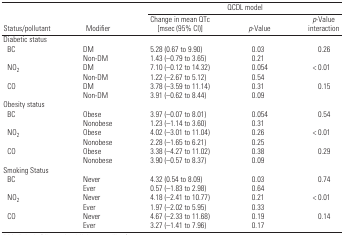
<table><thead><tr><td></td><td></td><td colspan="3"><b>QCDL model</b></td></tr><tr><td><b>Status/pollutant</b></td><td><b>Modifier</b></td><td><b>Change in mean QTc [msec (95% CI)]</b></td><td><b><i>p</i>-Value</b></td><td><b><i>p</i>-Value interaction</b></td></tr></thead><tbody><tr><td colspan="5">Diabetic status</td></tr><tr><td> BC</td><td>DM</td><td>5.28 (0.67 to 9.90)</td><td>0.03</td><td>0.26</td></tr><tr><td></td><td>Non-DM</td><td>1.43 (−0.79 to 3.65)</td><td>0.21</td><td></td></tr><tr><td> NO<sub>2</sub></td><td>DM</td><td>7.10 (−0.12 to 14.32)</td><td>0.054</td><td>&lt; 0.01</td></tr><tr><td></td><td>Non-DM</td><td>1.22 (−2.67 to 5.12)</td><td>0.54</td><td></td></tr><tr><td> CO</td><td>DM</td><td>3.78 (−3.59 to 11.14)</td><td>0.31</td><td>0.15</td></tr><tr><td></td><td>Non-DM</td><td>3.91 (−0.62 to 8.44)</td><td>0.09</td><td></td></tr><tr><td colspan="5">Obesity status</td></tr><tr><td> BC</td><td>Obese</td><td>3.97 (−0.07 to 8.01)</td><td>0.054</td><td>0.54</td></tr><tr><td></td><td>Nonobese</td><td>1.23 (−1.14 to 3.60)</td><td>0.31</td><td></td></tr><tr><td> NO<sub>2</sub></td><td>Obese</td><td>4.02 (−3.01 to 11.04)</td><td>0.26</td><td>&lt; 0.01</td></tr><tr><td></td><td>Nonobese</td><td>2.28 (−1.65 to 6.21)</td><td>0.25</td><td></td></tr><tr><td> CO</td><td>Obese</td><td>3.38 (−4.27 to 11.02)</td><td>0.38</td><td>0.29</td></tr><tr><td></td><td>Nonobese</td><td>3.90 (−0.57 to 8.37)</td><td>0.09</td><td></td></tr><tr><td colspan="5">Smoking Status</td></tr><tr><td> BC</td><td>Never</td><td>4.32 (0.54 to 8.09)</td><td>0.03</td><td>0.74</td></tr><tr><td></td><td>Ever</td><td>0.57 (−1.83 to 2.98)</td><td>0.64</td><td></td></tr><tr><td> NO<sub>2</sub></td><td>Never</td><td>4.18 (−2.41 to 10.77)</td><td>0.21</td><td>&lt; 0.01</td></tr><tr><td></td><td>Ever</td><td>1.97 (−2.02 to 5.95)</td><td>0.33</td><td></td></tr><tr><td> CO</td><td>Never</td><td>4.67 (−2.33 to 11.68)</td><td>0.19</td><td>0.14</td></tr><tr><td></td><td>Ever</td><td>3.27 (−1.41 to 7.96)</td><td>0.17</td><td></td></tr></tbody></table>